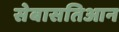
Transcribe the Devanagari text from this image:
सेबासतिआन